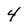
Character: 4